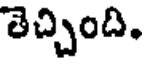
తెచ్చింది.